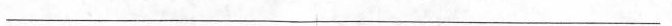
___